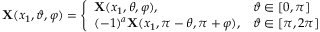
{ \bf X } ( x _ { 1 } , \vartheta , \varphi ) = \left\{ \begin{array} { l l } { { \bf X } ( x _ { 1 } , \theta , \varphi ) , } & { \vartheta \in [ 0 , \pi ] } \\ { ( - 1 ) ^ { a } { \bf X } ( x _ { 1 } , \pi - \theta , \pi + \varphi ) , } & { \vartheta \in [ \pi , 2 \pi ] } \end{array} \right.